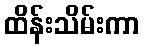
ထိန်းသိမ်းကာ